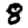
Digit: 8